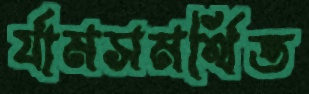
র‍্যামসমর্থিত